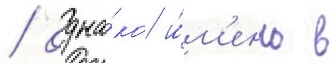
/ одна́ко и́м'енно в